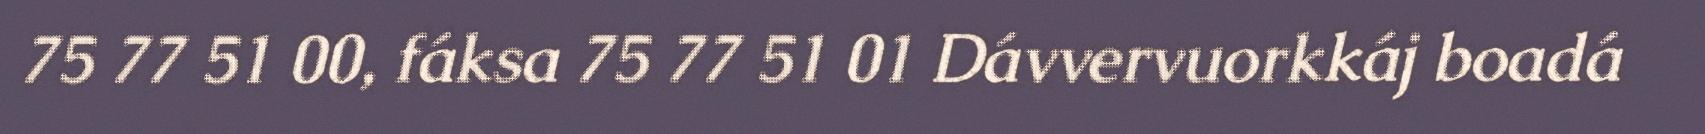
75 77 51 00, fáksa 75 77 51 01 Dávvervuorkkáj boadá